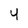
Character: 4